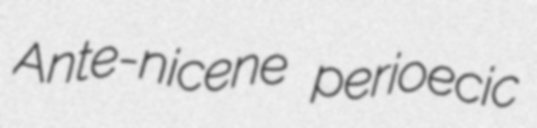
Ante-nicene perioecic